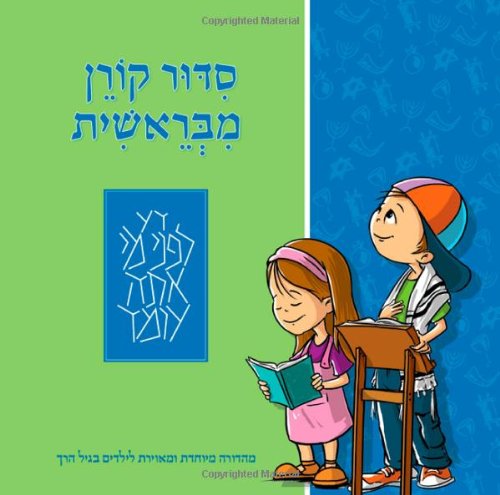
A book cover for The Koren Mibereshit Siddur: An Illustrated Hebrew Prayer Book for Preschoolers (Hebrew Edition); Koren Publishers Jerusalem; Children's Books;